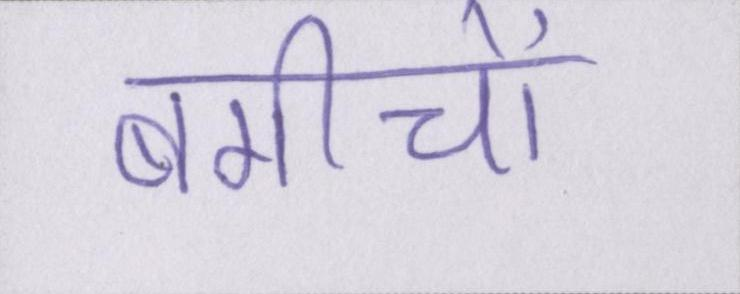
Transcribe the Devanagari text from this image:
बगीचों